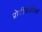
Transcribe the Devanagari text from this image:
प्रोटीयोमिक